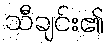
သီချင်း၏